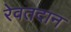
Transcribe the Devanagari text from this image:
रेवतदान